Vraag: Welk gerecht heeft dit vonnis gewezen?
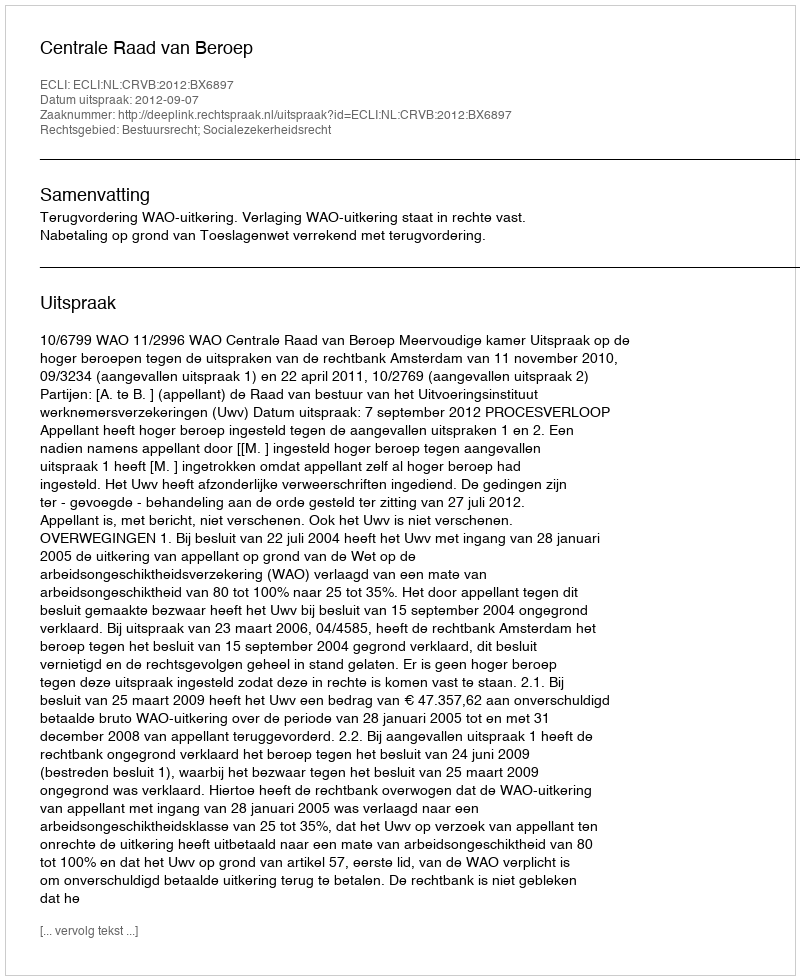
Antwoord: Centrale Raad van Beroep